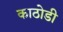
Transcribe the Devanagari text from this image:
काठोडी